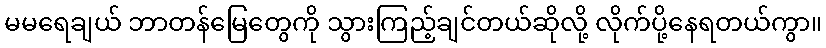
မမရေချယ် ဘာတန်မြေတွေကို သွားကြည့်ချင်တယ်ဆိုလို့ လိုက်ပို့နေရတယ်ကွာ။